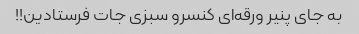
به جای پنیر ورقه‌ای کنسرو سبزی جات فرستادین!!